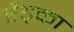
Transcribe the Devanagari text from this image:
रैड्का